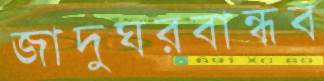
জাদুঘরবান্ধব